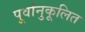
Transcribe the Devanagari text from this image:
पूर्वानुकूलित